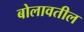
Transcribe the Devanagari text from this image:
बोलावतील